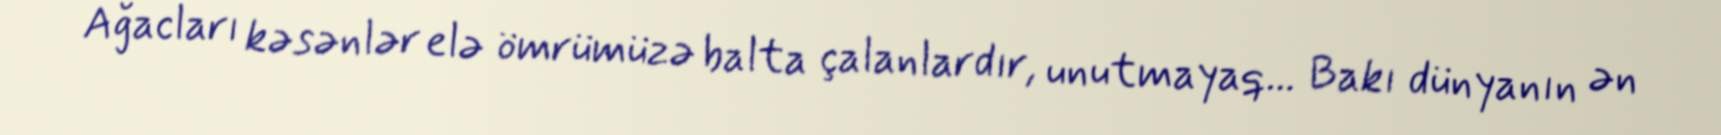
Ağacları kəsənlər elə ömrümüzə balta çalanlardır, unutmayaq... Bakı dünyanın ən